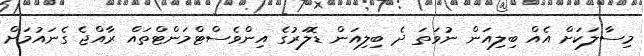
މިސާލަކަށް އެއް ބިލިއަން ނުވަތަ ދެ ބިލިއަން ޑޮލަރުގެ އިންވެސްޓްމަންޓްތައް ރާއްޖެ ގެނައުމަށް